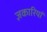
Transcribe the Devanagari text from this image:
ज़कारियां